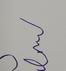
Signature authenticity: forged